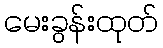
မေးခွန်းထုတ်